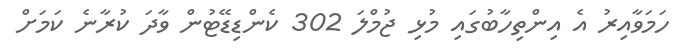
ހަމަވާއިރު އެ އިންތިހާބުގައި މުޅި ޖުމްލަ 302 ކެންޑިޑޭޓުން ވާދަ ކުރާނެ ކަމަށް